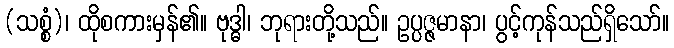
(သစ္စံ)၊ ထိုစကားမှန်၏။ ဗုဒ္ဓါ၊ ဘုရားတို့သည်။ ဥပ္ပဇ္ဇမာနာ၊ ပွင့်ကုန်သည်ရှိသော်။